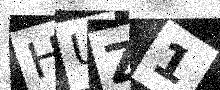
Text: HUZ1